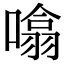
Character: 噏